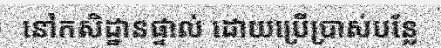
នៅកសិដ្ឋានផ្ទាល់ ដោយប្រើប្រាស់បន្លែ